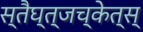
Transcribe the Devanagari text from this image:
स्तैघ्त्जच्केत्स्